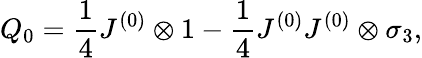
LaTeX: Q_{0}=\frac{1}{4}J^{(0)}\otimes 1-\frac{1}{4}J^{(0)}J^{(0)}\otimes\sigma_{3},